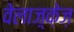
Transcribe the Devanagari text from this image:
वेलाज़्क़ेज़